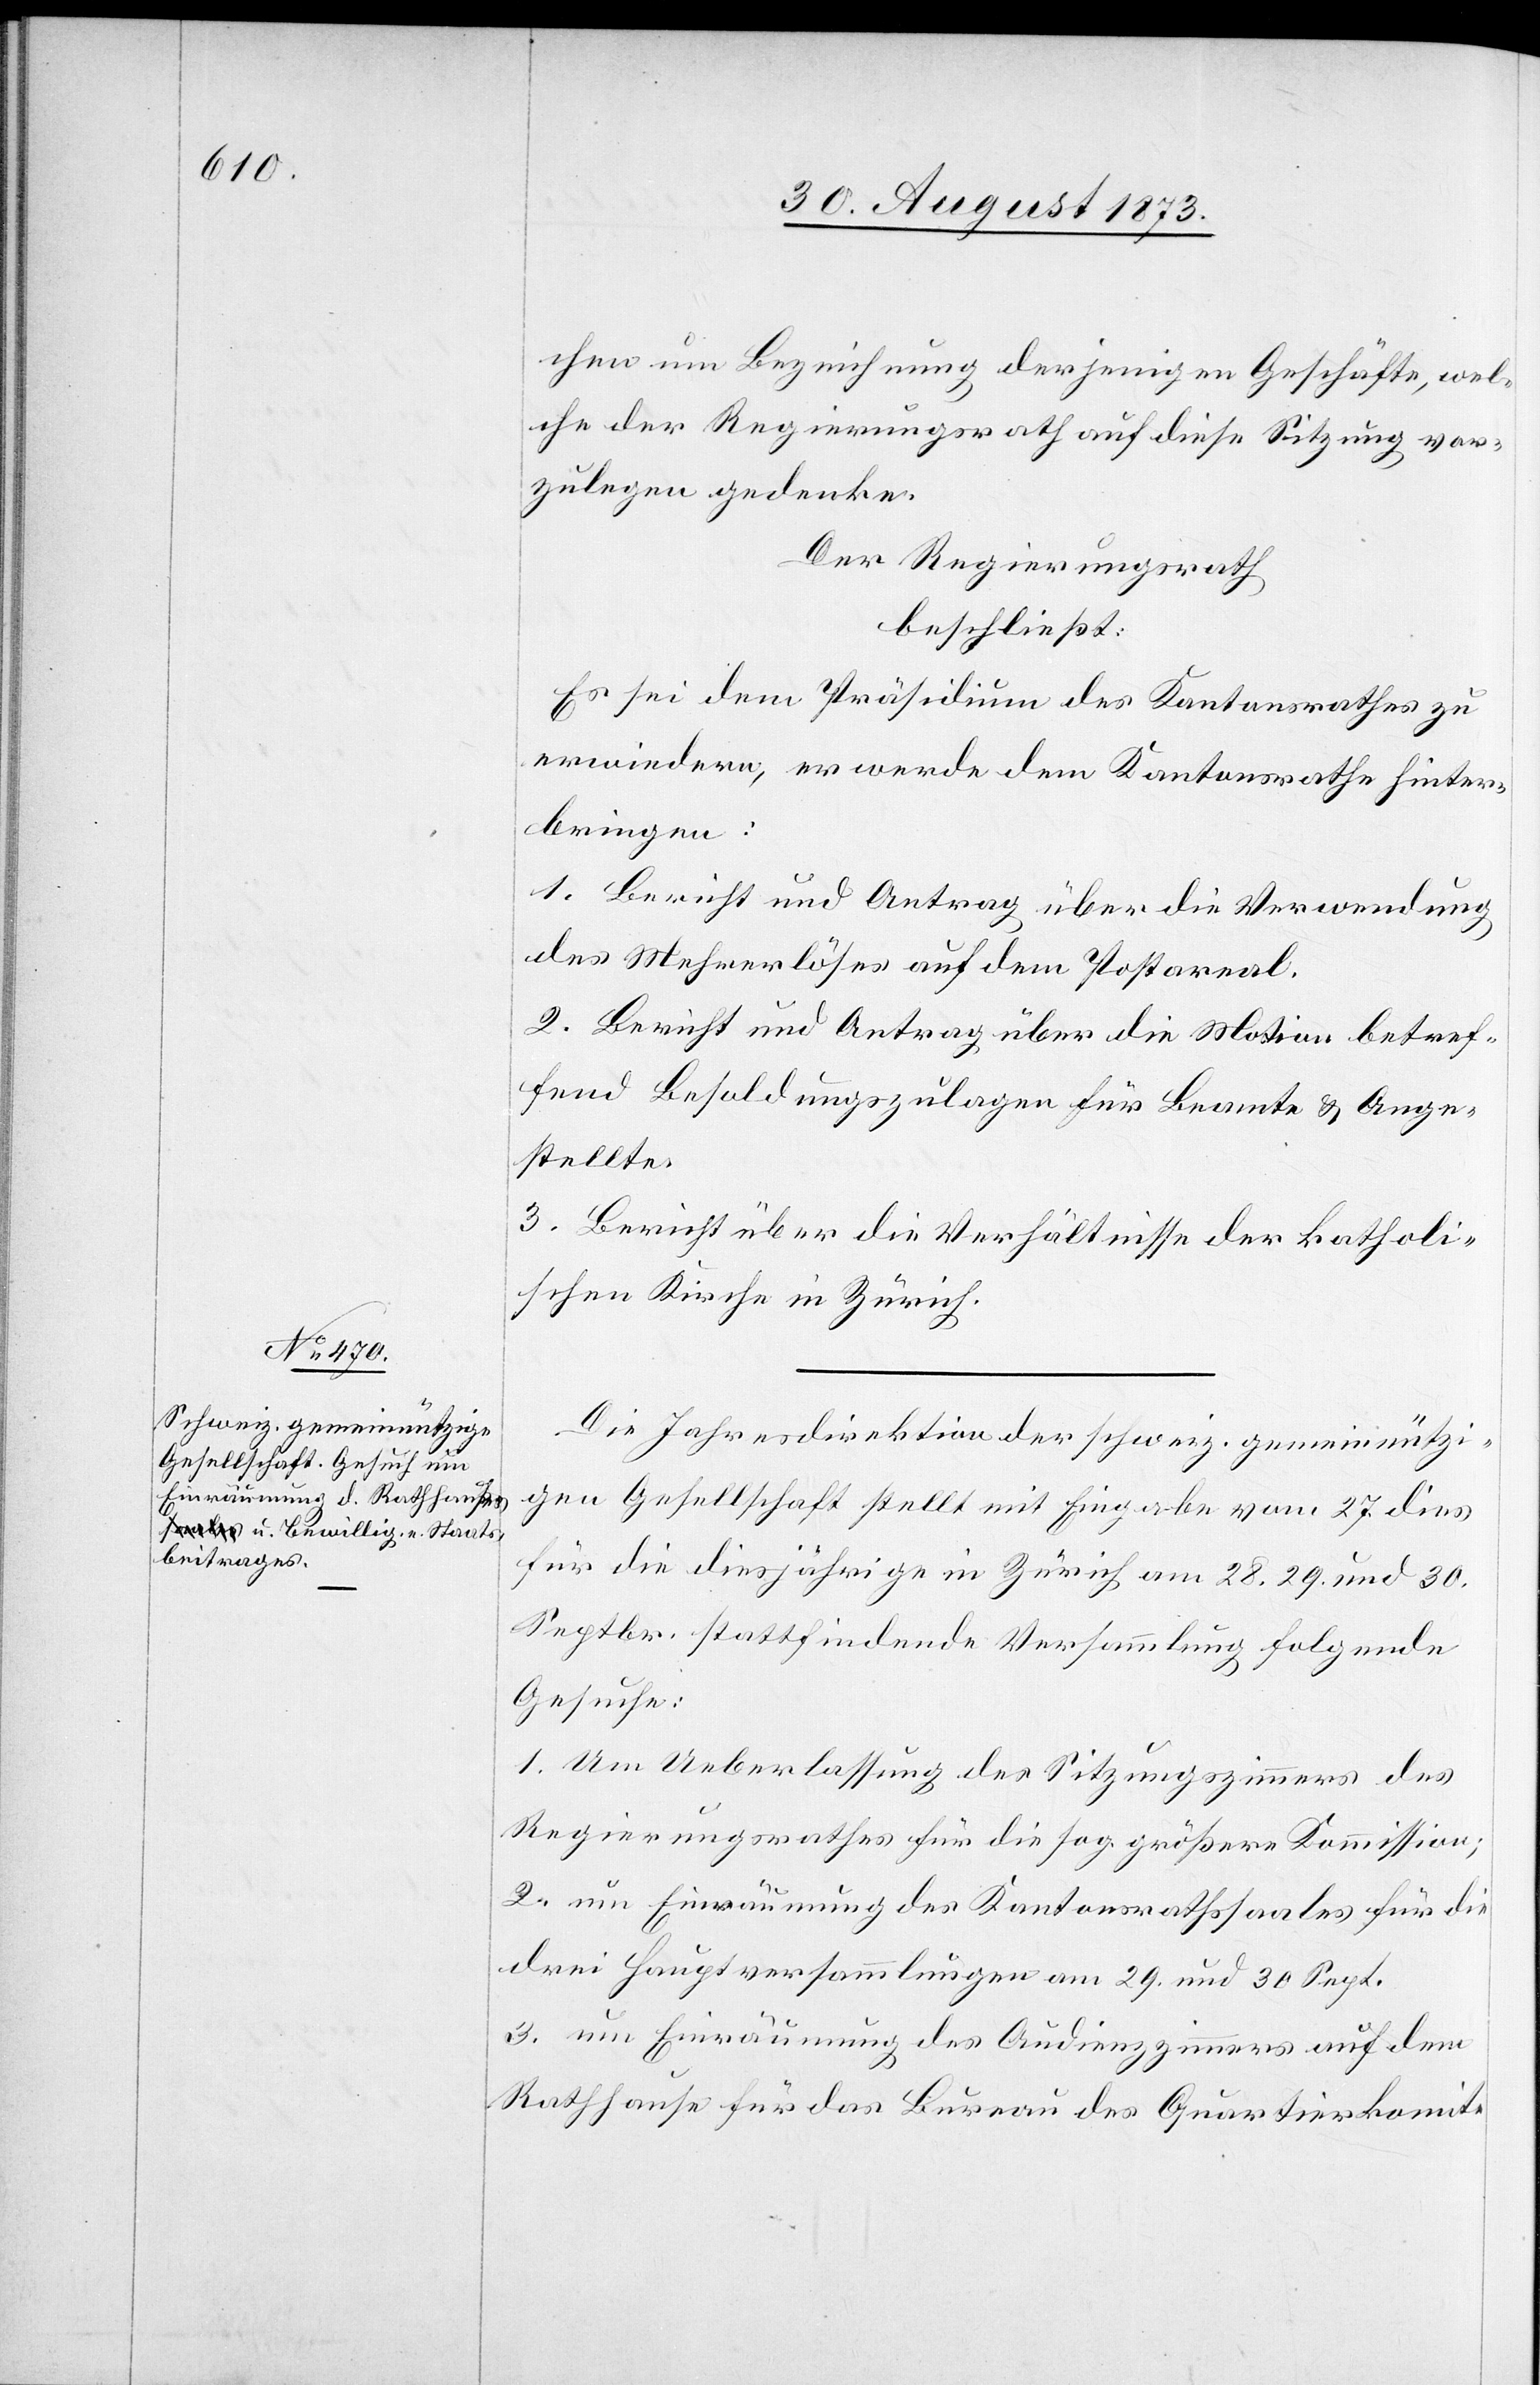
chen um Bezeichnung derjenigen Geschäfte, wel¬
che der Regierungsrath auf diese Sitzung vor¬
zulegen gedenke.
Der Regierungsrath
beschließt:
Es sei dem Präsidium des Kantonsrathes zu
erwiedern, er werde dem Kantonsrathe hinter¬
bringen:
1. Bericht und Antrag über die Verwendung
des Mehrerlöses auf dem Postareal.
2. Bericht und Antrag über die Motion betref¬
fend Besoldungszulagen für Beamte & Ange¬
stellte.
3. Bericht über die Verhältnisse der katholi¬
schen Kirche in Zürich.
Die Jahresdirektion der schweiz. gemeinnützi¬
gen Gesellschaft stellt mit Eingabe vom 27. dies
für die diesjährige in Zürich am 28. 29. und 30.
Septbr. stattfindende Versammlung folgende
Gesuche:
1. Um Ueberlassung des Sitzungszimmers des
Regierungsrathes für die sog. größere Kommission;
2. um Einräumung des Kantonsrathssaales für die
drei Hauptversammlungen am 29. und 30 Sept.
3. um Einräumung des Audienzzimmers auf dem
Rathhause für das Bureau des Quartierkomite